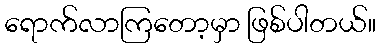
ရောက်လာကြတော့မှာ ဖြစ်ပါတယ်။